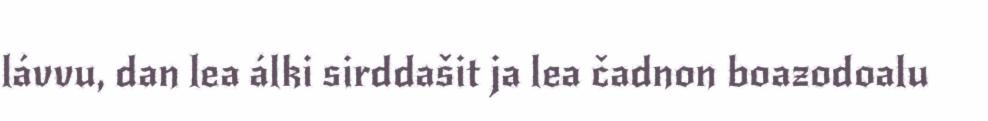
lávvu, dan lea álki sirddašit ja lea čadnon boazodoalu